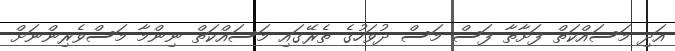
އަދި މަސައްކަތް ފަށާތާ ފަސް މަސް ދުވަހުގެ ތެރޭގައި މަސައްކަތް ނިންމާ މަސްވެރިންނަށް